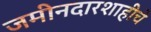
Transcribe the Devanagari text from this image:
जमीनदारशाहीचे